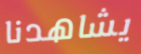
يشاهدنا